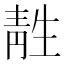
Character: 𫕹